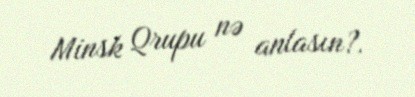
Minsk Qrupu nə anlasın?.